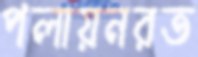
পলায়নরত